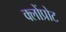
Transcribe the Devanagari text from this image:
क्लोंप्रोट